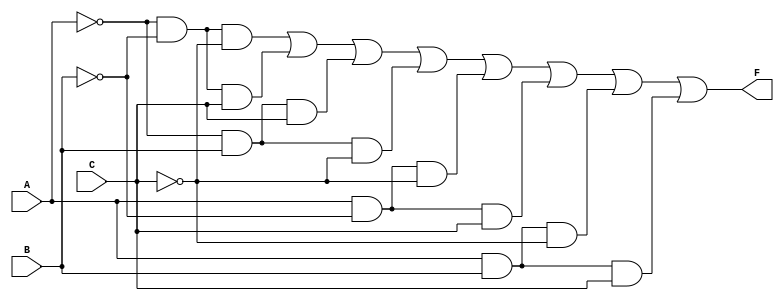
module kmap_3var (
    input wire A,      // Input variable A
    input wire B,      // Input variable B
    input wire C,      // Input variable C
    output wire F      // Output of the simplified Boolean function
);

// Define the K-map output based on the minterms
// The K-map cells correspond to the following minterms:
// Cell 0: A=0, B=0, C=0 (m0)
// Cell 1: A=0, B=0, C=1 (m1)
// Cell 2: A=0, B=1, C=0 (m2)
// Cell 3: A=0, B=1, C=1 (m3)
// Cell 4: A=1, B=0, C=0 (m4)
// Cell 5: A=1, B=0, C=1 (m5)
// Cell 6: A=1, B=1, C=0 (m6)
// Cell 7: A=1, B=1, C=1 (m7)

// The output F is defined by the minterms that are true (1)
assign F = ( ~A & ~B & ~C ) | // m0
           ( ~A & ~B &  C ) | // m1
           ( ~A &  B &  C ) | // m3
           ( ~A &  B & ~C ) | // m2
           (  A & ~B & ~C ) | // m4
           (  A & ~B &  C ) | // m5
           (  A &  B & ~C ) | // m6
           (  A &  B &  C );  // m7

endmodule